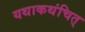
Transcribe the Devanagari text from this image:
यथाकथंचित्‌